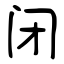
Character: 闭